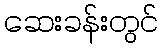
ဆေးခန်းတွင်